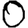
Digit: 0